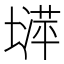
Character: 𡐵